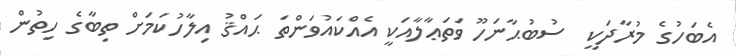
އެބަހުގެ މުރާދަކީ  ސުބުޙާނަހޫ ވަތަޢާލާއަކީ އެއްކައުވަންތަ ޙައްޤު އިލާހުކަމަށް ތިބާގެ ހިތުން